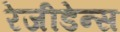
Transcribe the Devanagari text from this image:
रेजीडेन्स